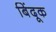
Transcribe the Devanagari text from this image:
बिंदूक